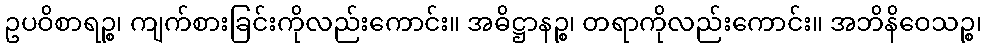
ဥပဝိစာရဉ္စ၊ ကျက်စားခြင်းကိုလည်းကောင်း။ အဓိဋ္ဌာနဉ္စ၊ တရာကိုလည်းကောင်း။ အဘိနိဝေသဉ္စ၊